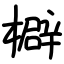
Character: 檘